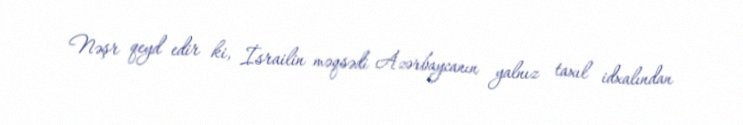
Nəşr qeyd edir ki, İsrailin məqsədi Azərbaycanın yalnız taxıl idxalından